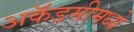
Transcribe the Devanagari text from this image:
अकॅडमीमध्ये